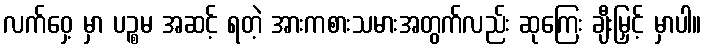
လက်ဝှေ့ မှာ ပဉ္စမ အဆင့် ရတဲ့ အားကစားသမားအတွက်လည်း ဆုကြေး ချီးမြှင့် မှာပါ။